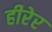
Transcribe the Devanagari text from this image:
हीरेर